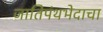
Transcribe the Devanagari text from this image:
जातिपंथभेदाचा